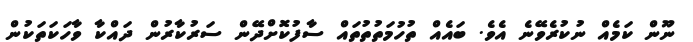
ނޫން ކަމެއް ނުކުރެވޭނެ އެވެ. ބައެއް ތުހުމަތުތުތައް ސާފުކޮށްދޭން ސަރުކާރުން ދައްކާ ވާހަކަތަކުން